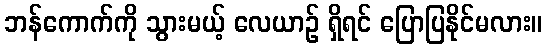
ဘန်ကောက်ကို သွားမယ့် လေယာဉ် ရှိရင် ပြောပြနိုင်မလား။